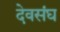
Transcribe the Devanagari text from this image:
देवसंघ